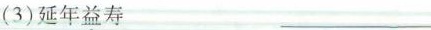
(3)延年益寿___